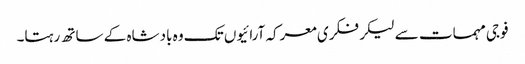
فوجی مہمات سے لیکر فکری معرکہ آرائیوں تک وہ بادشاہ کے ساتھ رہتا۔